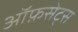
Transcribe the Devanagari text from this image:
ऑफ़सेट्स